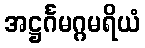
အဋ္ဌင်္ဂမဂ္ဂမရိယံ